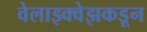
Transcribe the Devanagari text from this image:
वेलाझ्क्वेझकडून